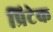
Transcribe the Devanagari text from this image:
प्रिटेक